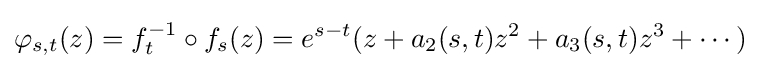
\displaystyle {\varphi _{s,t}(z)=f_{t}^{-1}\circ f_{s}(z)=e^{s-t}(z+a_{2}(s,t)z^{2}+a_{3}(s,t)z^{3}+\cdots )}